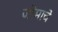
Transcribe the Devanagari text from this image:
जोमाचे